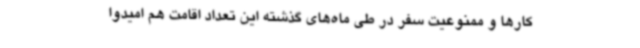
کارها و ممنوعیت سفر در طی ماه‌های گذشته این تعداد اقامت هم امیدوا